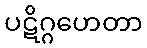
ပဋိဂ္ဂဟေတာ